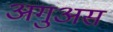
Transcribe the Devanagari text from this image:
अगुअस